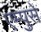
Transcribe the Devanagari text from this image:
एम्पुसे